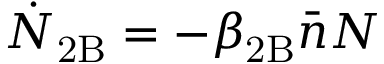
\dot { N } _ { \mathrm { 2 B } } = - \beta _ { \mathrm { 2 B } } \bar { n } N